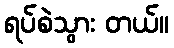
ရပ်စဲသွား တယ်။